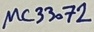
Text: µC33072